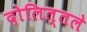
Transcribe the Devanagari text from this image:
दोलित्तले